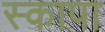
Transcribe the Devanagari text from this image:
स्कापा